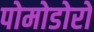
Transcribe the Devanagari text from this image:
पोमोडोरो